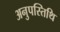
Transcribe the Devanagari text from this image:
अनुपस्तिथि